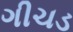
ગીચડ